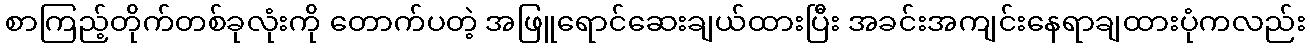
စာကြည့်တိုက်တစ်ခုလုံးကို တောက်ပတဲ့ အဖြူရောင်ဆေးချယ်ထားပြီး အခင်းအကျင်းနေရာချထားပုံကလည်း